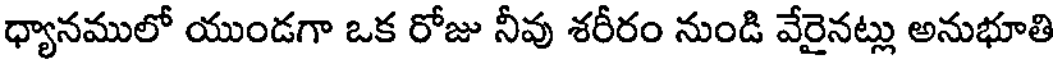
ధ్యానములో యుండగా ఒక రోజు నీవు శరీరం నుండి వేరైనట్లు అనుభూతి